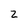
Character: 2